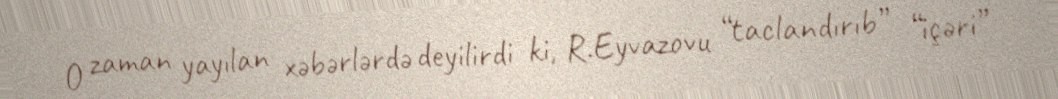
O zaman yayılan xəbərlərdə deyilirdi ki, R.Eyvazovu “taclandırıb” “içəri”